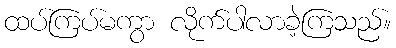
ထပ်ကြပ်မကွာ လိုက်ပါလာခဲ့ကြသည်။